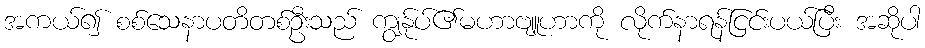
အကယ်၍ စစ်သေနာပတိတစ်ဦးသည် ကျွန်ုပ်၏မဟာဗျူဟာကို လိုက်နာရန်ငြင်းပယ်ပြီး အဆိုပါ